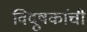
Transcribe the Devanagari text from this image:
विदूषकांची